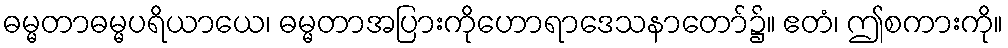
ဓမ္မတာဓမ္မပရိယာယေ၊ ဓမ္မတာအပြားကိုဟောရာဒေသနာတော်၌။ ဧတံ၊ ဤစကားကို။